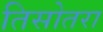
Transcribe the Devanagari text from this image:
तिसोतरा